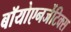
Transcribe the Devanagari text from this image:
बॉयोएनर्जेटिक्स